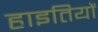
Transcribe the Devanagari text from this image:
हाइतियों